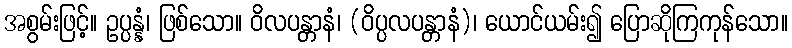
အစွမ်းဖြင့်။ ဥပ္ပန္နံ၊ ဖြစ်သော။ ဝိလပန္တာနံ၊ (ဝိပ္ပလပန္တာနံ)၊ ယောင်ယမ်း၍ ပြောဆိုကြကုန်သော။